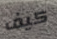
كيف